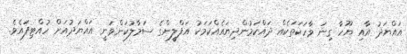
އައްޔަދު އާއި ޔޫހާ ގިނަ ވާހަކަތަކެއް ދައްކަމުންދިޔައެއްކަމަކު އަފްލީންގެ ސަމާލުކަންވަނީ އައްޔަދުއަށް ހުއްޓިފައެވެ.